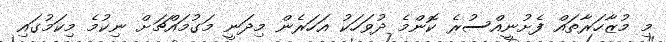
މި މުޒާހަރާތައް ފެށުނީއްސުރެ ކޮންމެ ދުވަހަކު އަހަރެން މިދަނީ މަގުމައްޗަށް ނިކުމެ މިކަމުގައި